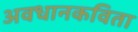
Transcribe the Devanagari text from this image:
अवधानकविता